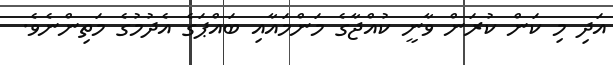
އަދި މި ކަން ކުރަން ވާނީ ކުއްޖާގެ މަންމައާއި ބައްޕަގެ އެދުމުގެ މަތިންނެވެ.